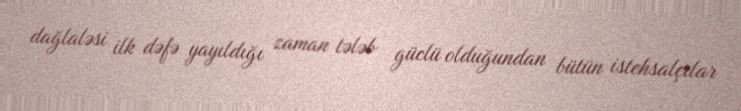
dağlaləsi ilk dəfə yayıldığı zaman tələb güclü olduğundan bütün istehsalçılar